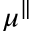
\mu ^ { \parallel }